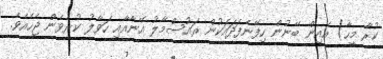
ކުރާ މީހާ) އެއިން ބޭނުން ހިފޭނެފަދައަކުން ރައުސްމާލު އޭނާއާއި ހަވާލު ކުރެވެން ޖެހެއެވެ.